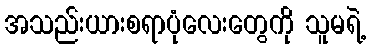
အသည်းယားစရာပုံလေးတွေကို သူမရဲ့